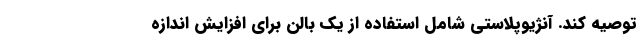
توصیه کند. آنژیوپلاستی شامل استفاده از یک بالن برای افزایش اندازه